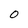
Character: 0